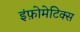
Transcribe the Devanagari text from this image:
इंफ़ोमेटिक्स